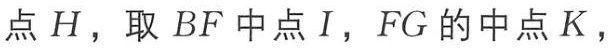
点\(H\)，取 \(BF\) 中点 \(I\)，\(FG\) 的中点 \(K\)，